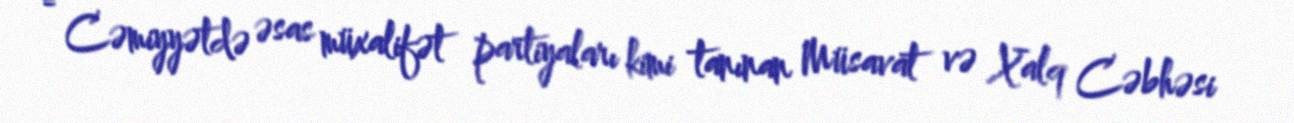
- Cəmiyyətdə əsas müxalifət partiyaları kimi tanınan Müsavat və Xalq Cəbhəsi